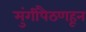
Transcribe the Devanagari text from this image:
मुंगीपैठणहून